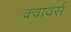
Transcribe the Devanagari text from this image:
क्वावर्स